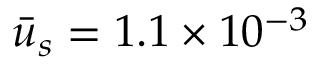
\bar { u } _ { s } = 1 . 1 \times { 1 0 ^ { - 3 } }